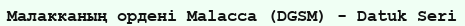
Малакканың ордені Malacca (DGSM) - Datuk Seri